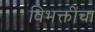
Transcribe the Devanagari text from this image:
विभक्तींचा